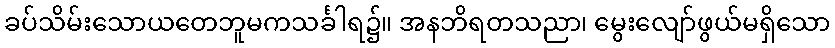
ခပ်သိမ်းသောယတေဘူမကသင်္ခါရ၌။ အနဘိရတသညာ၊ မွေးလျော်ဖွယ်မရှိသော